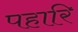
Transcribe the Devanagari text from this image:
पहारि